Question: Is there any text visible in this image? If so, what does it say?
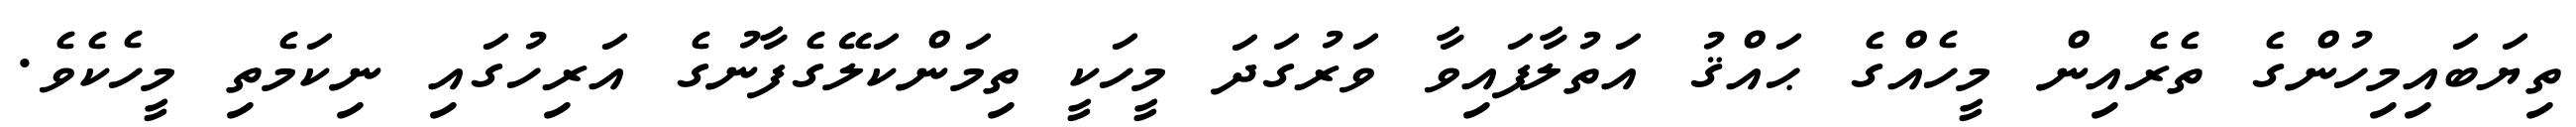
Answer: ތިޔަބައިމިހުންގެ ތެރެއިން މީހެއްގެ ޙައްޤު އަތުލާފައިވާ ވަރުގަދަ މީހަކީ ތިމަންކަލޭގެފާނުގެ އަރިހުގައި ނިކަމެތި މީހެކެވެ.